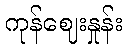
ကုန်ဈေးနှုန်း